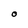
Character: O